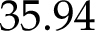
3 5 . 9 4